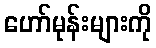
ဟော်မုန်းများကို